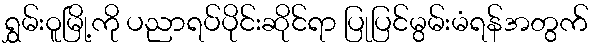
ရွှမ်းဝူမြို့ကို ပညာရပ်ပိုင်းဆိုင်ရာ ပြုပြင်မွမ်းမံရန်အတွက်